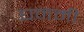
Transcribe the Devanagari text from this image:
घनमी